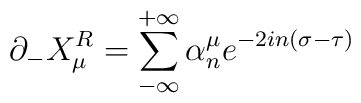
\partial_{-}X^R_{\mu}=\sum_{-\infty}^{+\infty}\alpha^{\mu}_ne^{-2in(\sigma-\tau)}